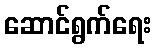
ဆောင်ရွက်ရေး